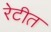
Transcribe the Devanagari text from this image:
रेटीत